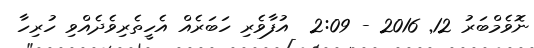
ނޮވެމްބަރު 12